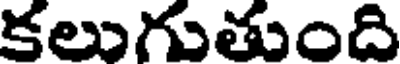
కలుగుతుంది